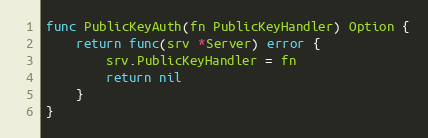
Language: Go
func PublicKeyAuth(fn PublicKeyHandler) Option {
	return func(srv *Server) error {
		srv.PublicKeyHandler = fn
		return nil
	}
}